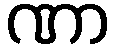
ဏာ